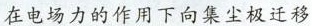
在电场力的作用下向集尘极迁移